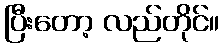
ပြီးတော့ လည်တိုင်။